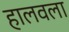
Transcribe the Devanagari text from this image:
हालवला